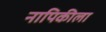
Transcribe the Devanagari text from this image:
नापिकीला